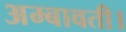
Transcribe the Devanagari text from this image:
अम्बावती।